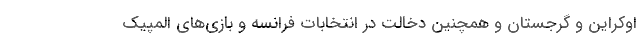
اوکراین و گرجستان و همچنین دخالت در انتخابات فرانسه و بازی‌های المپیک